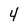
Character: 4